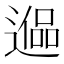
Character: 𰻑